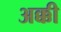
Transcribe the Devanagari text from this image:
अक्की